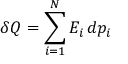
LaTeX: \delta Q = \sum _ { i = 1 } ^ { N } E _ { i } \, d p _ { i }